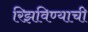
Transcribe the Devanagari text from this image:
रिझविण्याची